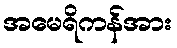
အမေရိကန်အား